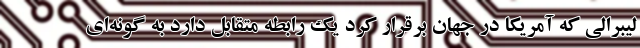
لیبرالی که آمریکا در جهان برقرار کرد یک رابطه متقابل دارد به گونه‌ای